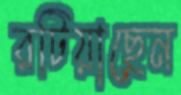
রটিয়াছেন